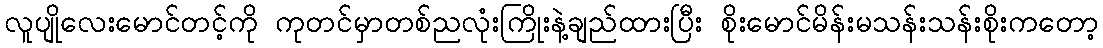
လူပျိုလေးမောင်တင့်ကို ကုတင်မှာတစ်ညလုံးကြိုးနဲ့ချည်ထားပြီး စိုးမောင်မိန်းမသန်းသန်းစိုးကတော့